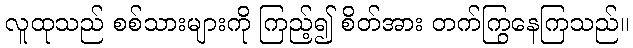
လူထုသည် စစ်သားများကို ကြည့်၍ စိတ်အား တက်ကြွနေကြသည်။